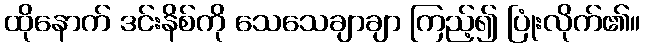
ထိုနောက် ဒင်းနိစ်ကို သေသေချာချာ ကြည့်၍ ပြုံးလိုက်၏။